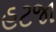
હટજા